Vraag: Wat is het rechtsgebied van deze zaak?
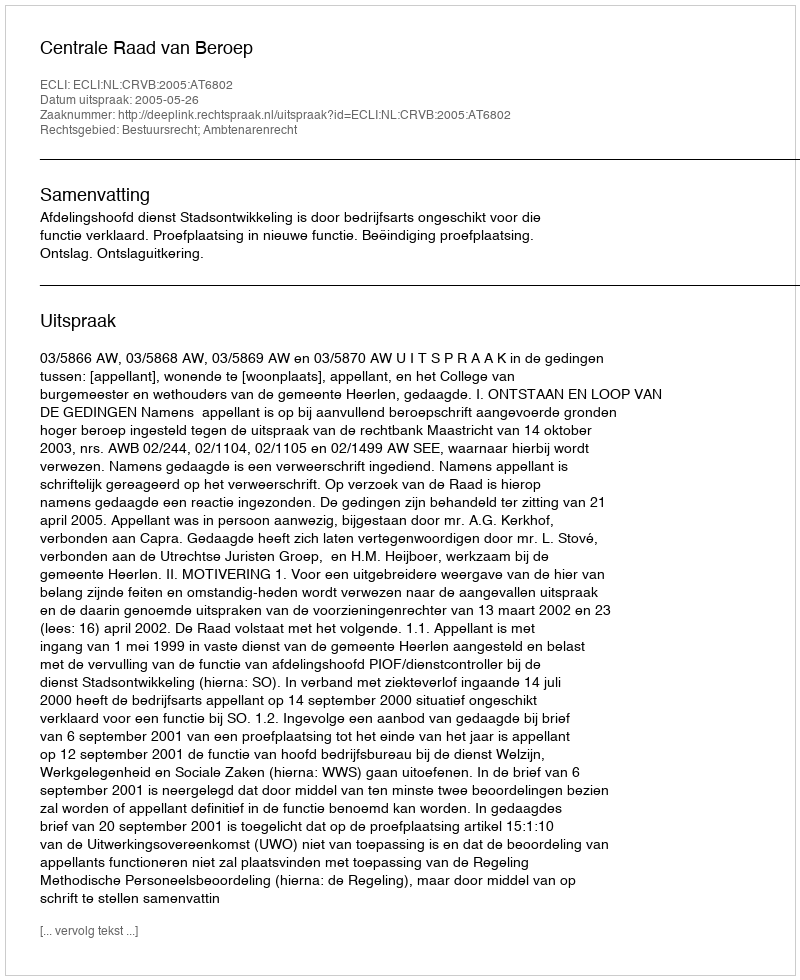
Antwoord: Bestuursrecht; Ambtenarenrecht